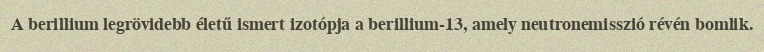
A berillium legrövidebb életű ismert izotópja a berillium-13, amely neutronemisszió révén bomlik.